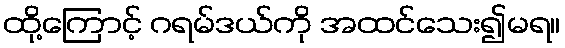
ထို့ကြောင့် ဂရမ်ဒယ်ကို အထင်သေး၍မရ။